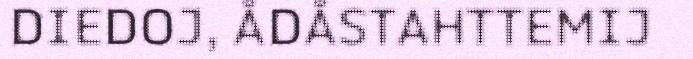
DIEDOJ, ÅDÅSTAHTTEMIJ